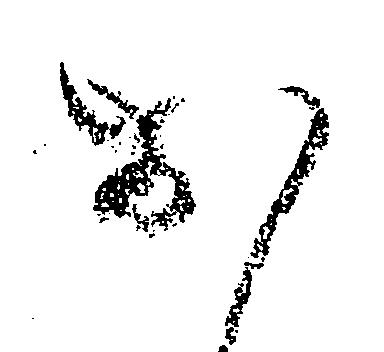
お